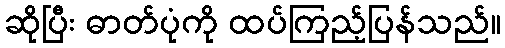
ဆိုပြီး ဓာတ်ပုံကို ထပ်ကြည့်ပြန်သည်။